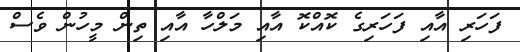
ފަހަރި އާއި ފަހަރިގެ ކޮއްކޮ އާއި މަލްހާ އާއި ތިން މީހުން ވެސް